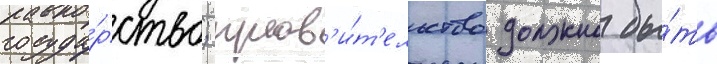
госуда́рство; прав'и́т'ельство должно бы́ть